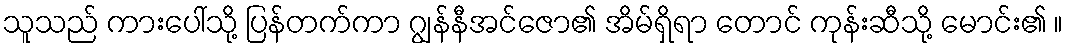
သူသည် ကားပေါ်သို့ ပြန်တက်ကာ ဂျွန်နီအင်ဇော၏ အိမ်ရှိရာ တောင် ကုန်းဆီသို့ မောင်း၏ ။